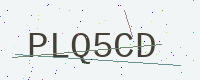
Text: PLQ5CD